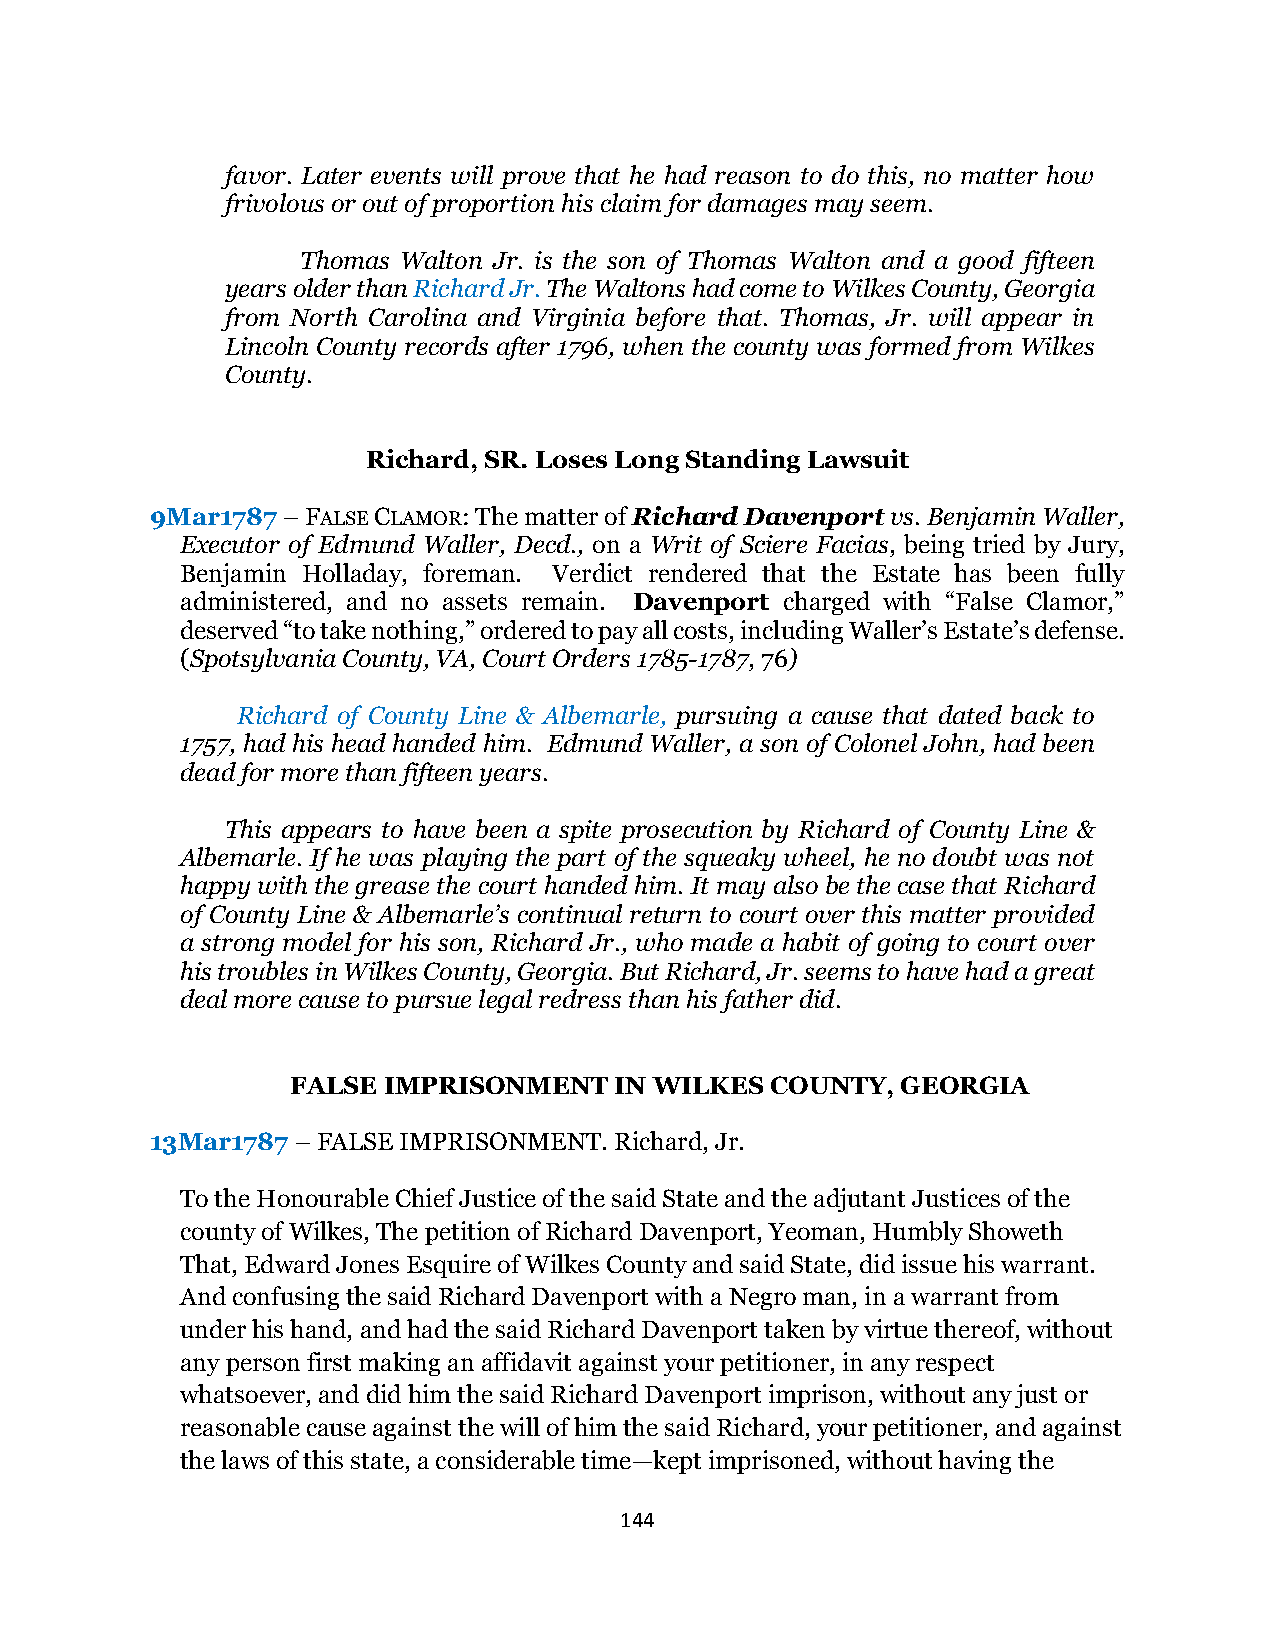
favor. Later events will prove that he had reason to do this, no matter how
 frivolous or out of proportion his claim for damages may seem.
 Thomas Walton Jr. is the son of Thomas Walton and a good fifteen
 years older than Richard Jr. The Waltons had come to Wilkes County, Georgia
 from North Carolina and Virginia before that. Thomas, Jr. will appear in
 Lincoln County records after 1796, when the county was formed from Wilkes
 County.
 Richard, SR. Loses Long Standing Lawsuit
 9Mar1787 – FALSE CLAMOR: The matter of Richard Davenport vs. Benjamin Waller,
 Executor of Edmund Waller, Decd., on a Writ of Sciere Facias, being tried by Jury,
 Benjamin Holladay, foreman. Verdict rendered that the Estate has been fully
 administered, and no assets remain. Davenport charged with “False Clamor,”
 deserved “to take nothing,” ordered to pay all costs, including Waller’s Estate’s defense.
 (Spotsylvania County, VA, Court Orders 1785-1787, 76)
 Richard of County Line & Albemarle, pursuing a cause that dated back to
 1757, had his head handed him. Edmund Waller, a son of Colonel John, had been
 dead for more than fifteen years.
 This appears to have been a spite prosecution by Richard of County Line &
 Albemarle. If he was playing the part of the squeaky wheel, he no doubt was not
 happy with the grease the court handed him. It may also be the case that Richard
 of County Line & Albemarle’s continual return to court over this matter provided
 a strong model for his son, Richard Jr., who made a habit of going to court over
 his troubles in Wilkes County, Georgia. But Richard, Jr. seems to have had a great
 deal more cause to pursue legal redress than his father did.
 FALSE IMPRISONMENT    IN WILKES COUNTY,  GEORGIA
 13Mar1787 – FALSE IMPRISONMENT. Richard, Jr.
 To the Honourable Chief Justice of the said State and the adjutant Justices of the
 county of Wilkes, The petition of Richard Davenport, Yeoman, Humbly Showeth
 That, Edward Jones Esquire of Wilkes County and said State, did issue his warrant.
 And confusing the said Richard Davenport with a Negro man, in a warrant from
 under his hand, and had the said Richard Davenport taken by virtue thereof, without
 any person first making an affidavit against your petitioner, in any respect
 whatsoever, and did him the said Richard Davenport imprison, without any just or
 reasonable cause against the will of him the said Richard, your petitioner, and against
 the laws of this state, a considerable time—kept imprisoned, without having the
 144